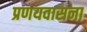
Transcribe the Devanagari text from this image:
प्रणयवासना